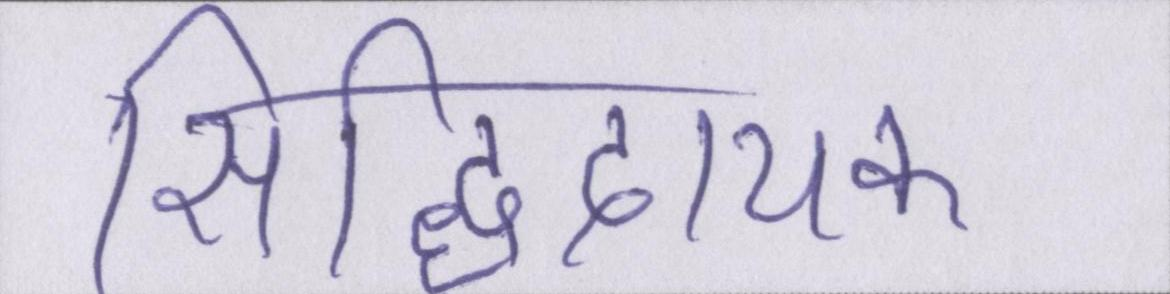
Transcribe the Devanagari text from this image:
सिद्धिदायक